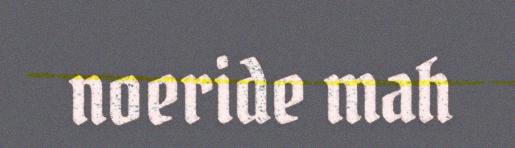
noeride mah